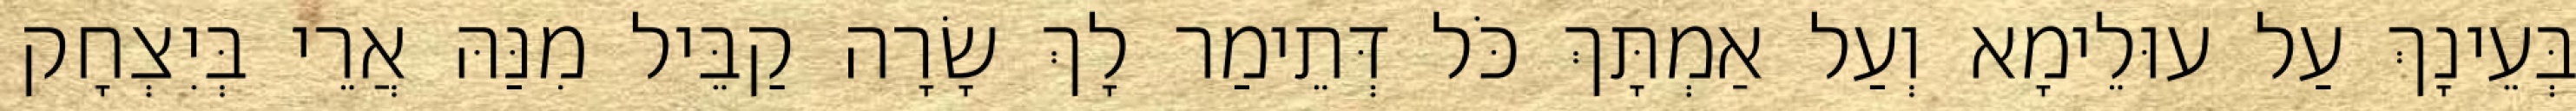
בְּעֵינָךְ עַל עוּלֵימָא וְעַל אַמְתָּךְ כֹּל דְּתֵימַר לָךְ שָׂרָה קַבֵּיל מִנַּהּ אֲרֵי בְּיִצְחָק